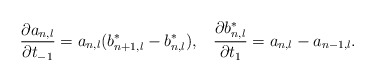
\begin{align*}\frac{\partial a_{n,l}}{\partial t_{-1}}=a_{n,l}(b_{n+1,l}^{*}-b_{n,l}^{*}),\;\;\;\frac{\partial b_{n,l}^{*}}{\partial t_{1}}=a_{n,l}-a_{n-1,l}.\end{align*}